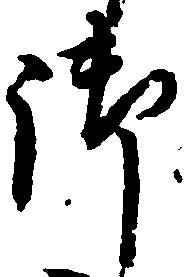
御